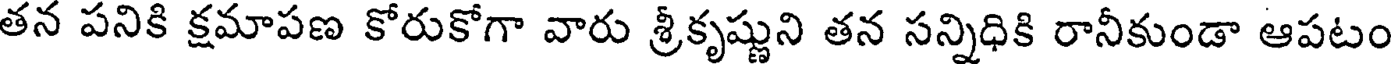
తన పనికి క్షమాపణ కోరుకోగా వారు శ్రీకృష్ణుని తన సన్నిధికి రానీకుండా ఆపటం